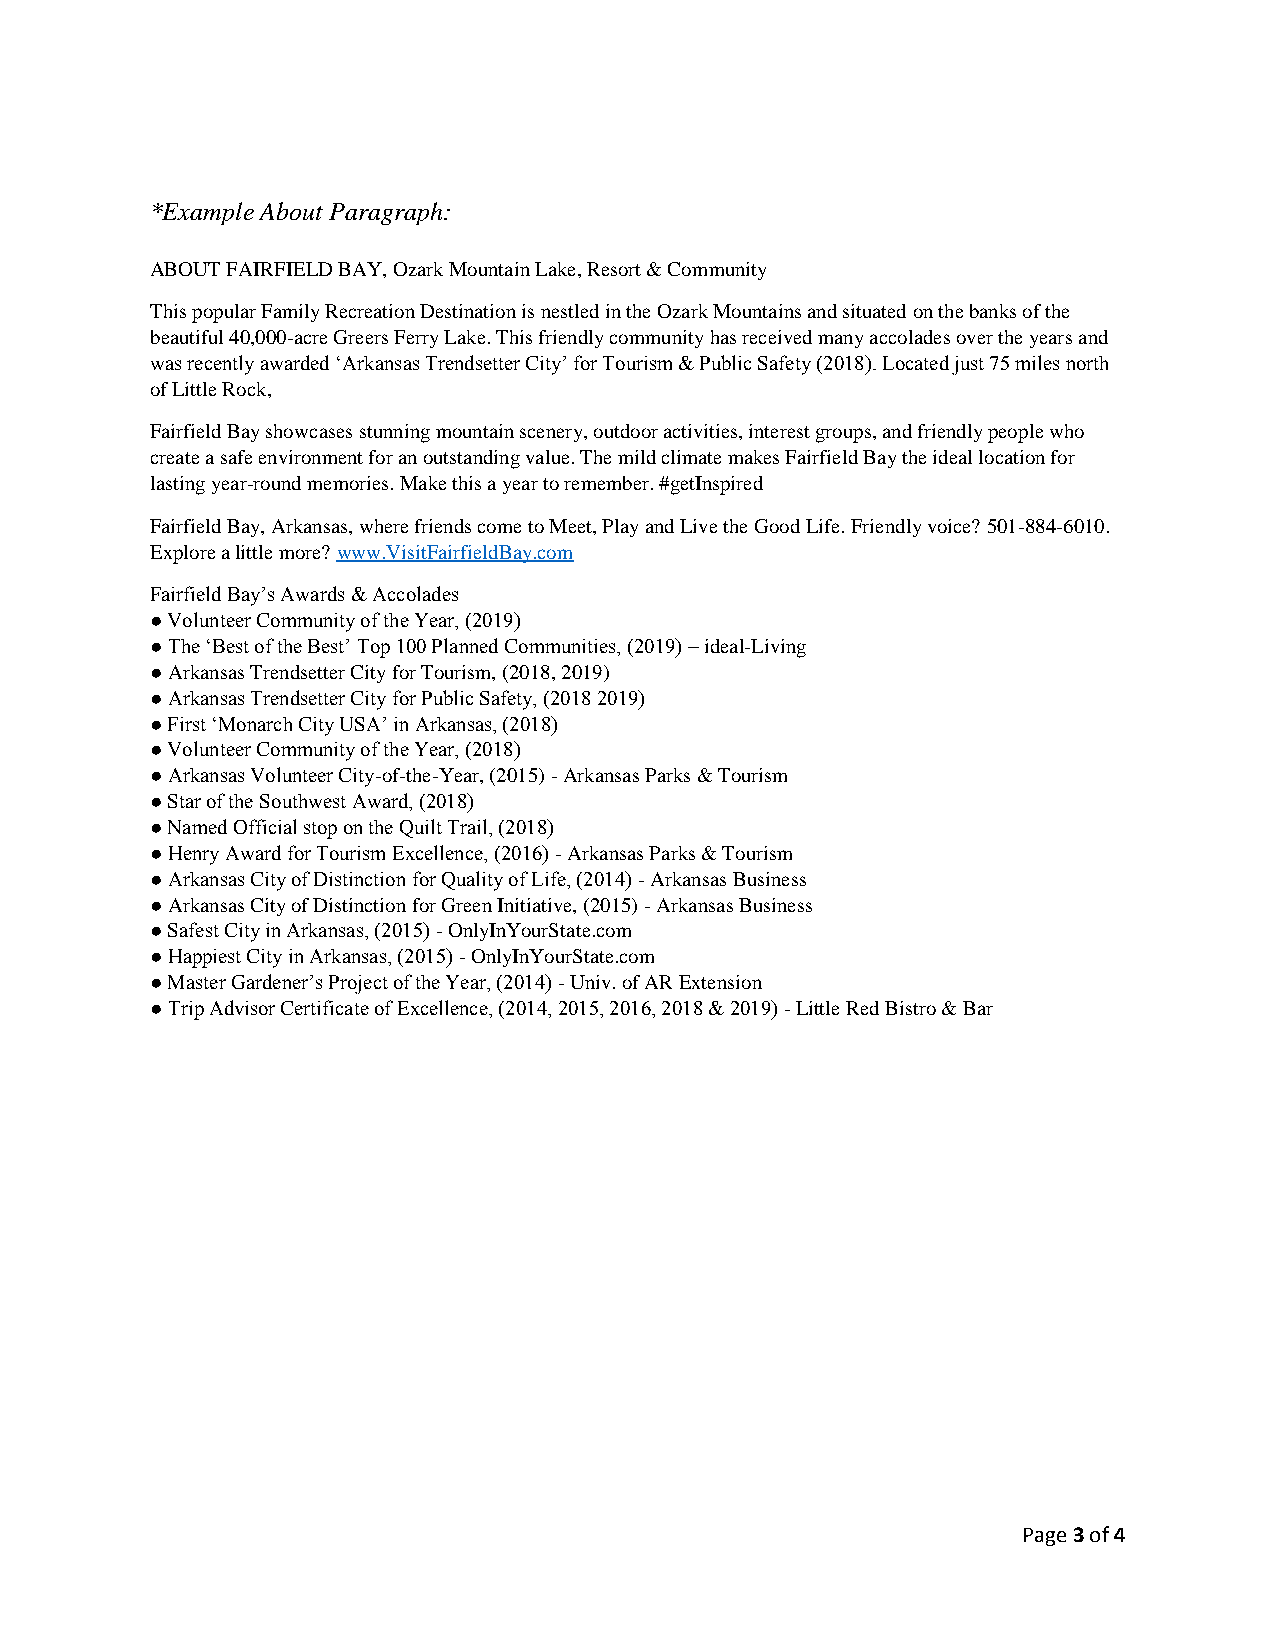
*Example About Paragraph:
 ABOUT FAIRFIELD BAY, Ozark Mountain Lake, Resort & Community
 This popular Family Recreation Destination is nestled in the Ozark Mountains and situated on the banks of the
 beautiful 40,000-acre Greers Ferry Lake. This friendly community has received many accolades over the years and
 was recently awarded ‘Arkansas Trendsetter City’ for Tourism & Public Safety (2018). Located just 75 miles north
 of Little Rock,
 Fairfield Bay showcases stunning mountain scenery, outdoor activities, interest groups, and friendly people who
 create a safe environment for an outstanding value. The mild climate makes Fairfield Bay the ideal location for
 lasting year-round memories. Make this a year to remember. #getInspired
 Fairfield Bay, Arkansas, where friends come to Meet, Play and Live the Good Life. Friendly voice? 501-884-6010.
 Explore a little more? www.VisitFairfieldBay.com
 Fairfield Bay’s Awards & Accolades
 ● Volunteer Community of the Year, (2019)
 ● The ‘Best of the Best’ Top 100 Planned Communities, (2019) – ideal-Living
 ● Arkansas Trendsetter City for Tourism, (2018, 2019)
 ● Arkansas Trendsetter City for Public Safety, (2018 2019)
 ● First ‘Monarch City USA’ in Arkansas, (2018)
 ● Volunteer Community of the Year, (2018)
 ● Arkansas Volunteer City-of-the-Year, (2015) - Arkansas Parks & Tourism
 ● Star of the Southwest Award, (2018)
 ● Named Official stop on the Quilt Trail, (2018)
 ● Henry Award for Tourism Excellence, (2016) - Arkansas Parks & Tourism
 ● Arkansas City of Distinction for Quality of Life, (2014) - Arkansas Business
 ● Arkansas City of Distinction for Green Initiative, (2015) - Arkansas Business
 ● Safest City in Arkansas, (2015) - OnlyInYourState.com
 ● Happiest City in Arkansas, (2015) - OnlyInYourState.com
 ● Master Gardener’s Project of the Year, (2014) - Univ. of AR Extension
 ● Trip Advisor Certificate of Excellence, (2014, 2015, 2016, 2018 & 2019) - Little Red Bistro & Bar
 Page 3 of 4